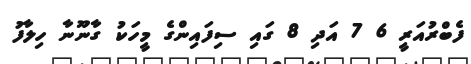
ފެބްރުއަރީ 6 7 އަދި 8 ގައި ސިފައިންގެ މީހަކު ގާނޫނާ ހިލާފު